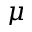
\mu